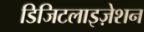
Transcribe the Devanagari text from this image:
डिजिटलाइज़ेशन